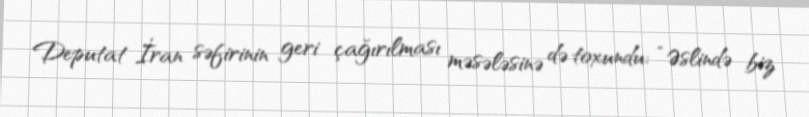
Deputat İran səfirinin geri çağırılması məsələsinə də toxundu: “Əslində biz